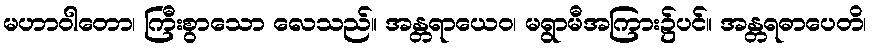
မဟာဝါတော၊ ကြီးစွာသော လေသည်။ အန္တရာယေဝ၊ မရွာမီအကြား၌ပင်။ အန္တရဓာပေတိ၊